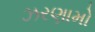
ઝરણામો